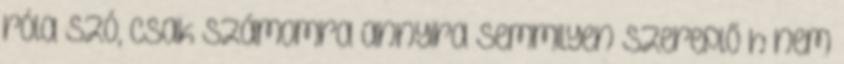
róla szó, csak számomra annyira semmilyen szereplő h nem